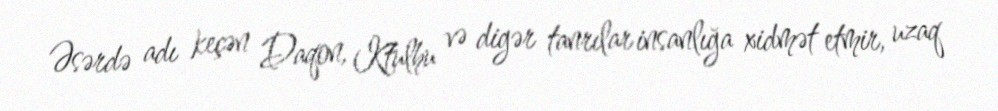
Əsərdə adı keçən Daqon, Ktulhu və digər tanrılar insanlığa xidmət etmir, uzaq